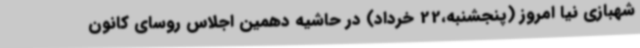
شهبازی نیا امروز (پنجشنبه،22 خرداد) در حاشیه دهمین اجلاس روسای کانون